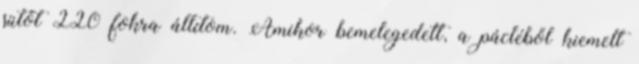
sütőt 220 fokra állítom. Amikor bemelegedett, a pácléből kiemelt